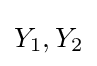
Y_{1},Y_{2}